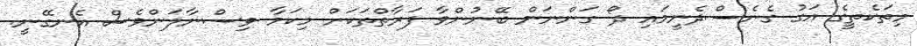
މިތަކެތީގެ އަގު ގެނެސްދެނީމައި ދޯ ގަންނަން ބޭނުންވާ ފަރާތްތަކަށް މިކަމާ ވިސްނާލަންވެސް އެނގޭނީ.